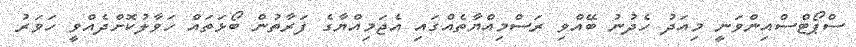
ސްޕޯޓްސްއިންވަނީ މިއަދު ހެދުނު ބޭއްވި ރަސްމިއްޔާތެއްގައި އެޖަމިއްޔާގެ ފަރާތުން ބޯޅަތައް ހަވާލުކޮށްދެއްވީ ހަވަރު